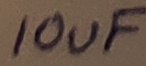
Text: 10uF